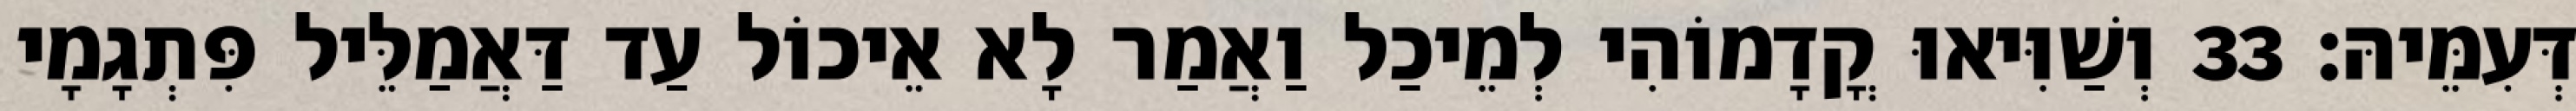
דְּעִמֵּיהּ׃ 33 וְשַׁוִּיאוּ קֳדָמוֹהִי לְמֵיכַל וַאֲמַר לָא אֵיכוֹל עַד דַּאֲמַלֵּיל פִּתְגָמָי